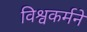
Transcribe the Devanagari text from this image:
विश्वकर्मने